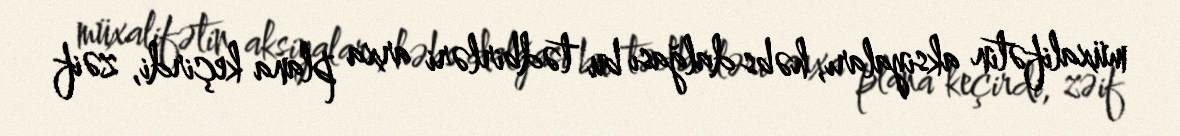
müxalifətin aksiyaları, həbs dalğası bu tədbirləri arxa plana keçirdi, zəif